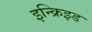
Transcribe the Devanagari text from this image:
इन्क्रिझ्ड